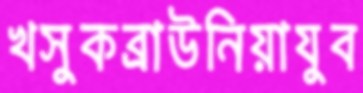
খসুকব্রাউনিয়াযুব